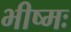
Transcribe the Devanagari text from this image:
भीष्मः